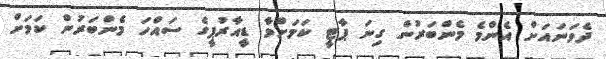
ދެވަނައަށް އެންމެ މެންބަރުން ގިނަ ޕާޓީ ކަމަށްވާ ޑީއާރުޕީގެ ސައްހަ މެންބަރުން ކަމަށް